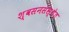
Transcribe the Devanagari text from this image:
श्वसनसंस्थेत